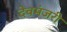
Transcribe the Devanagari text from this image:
देवमंजरी